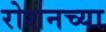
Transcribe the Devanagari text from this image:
रोशनच्या